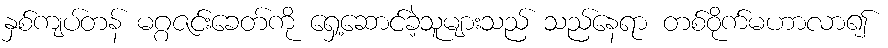
နှစ်ကျပ်တန် မဂ္ဂဇင်းခေတ်ကို ရှေ့ဆောင်ခဲ့သူများသည် သည်နေရာ တစ်ဝိုက်မဟာလာ၍